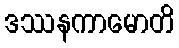
ဒဿနကာမောတိ